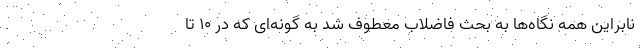
نابراین همه نگاه‌ها به بحث فاضلاب معطوف شد به گونه‌ای که در ۱۰ تا